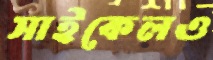
সাইকেলও